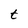
Character: t